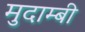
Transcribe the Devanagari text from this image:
मुदाम्बी